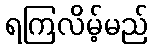
ရကြလိမ့်မည်